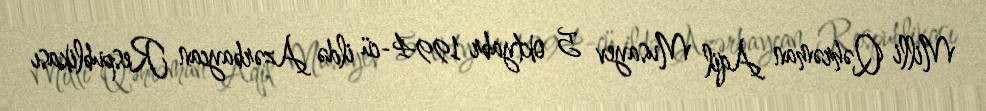
Milli Qəhrəman Aqil Musayev 5 oktyabr 1994-cü ildə Azərbaycan Respublikası